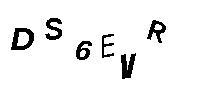
DS6EVR